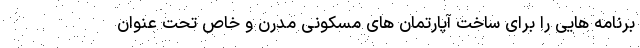
برنامه هایی را برای ساخت آپارتمان های مسکونی مدرن و خاص تحت عنوان